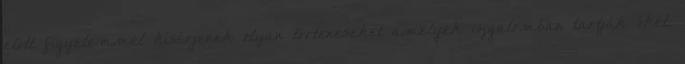
előtt figyelemmel kísérjenek olyan történéseket amelyek izgalomban tartják őket.